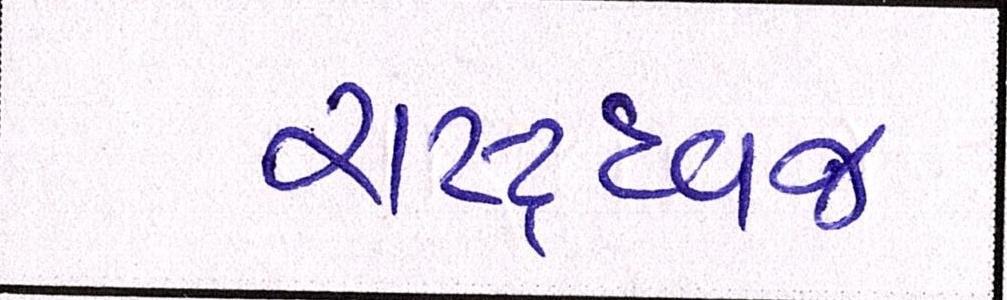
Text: રાષ્ટ્રધ્વજ